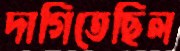
দাগিতেছিল